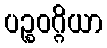
ပဉ္စဝဂ္ဂိယာ